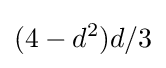
(4-d^{2})d/3